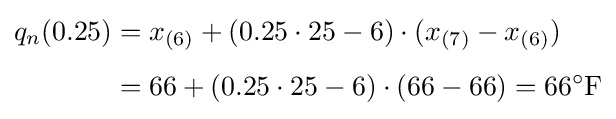
{\begin{aligned}q_{n}(0.25)&=x_{(6)}+(0.25\cdot 25-6)\cdot (x_{(7)}-x_{(6)})\\[5pt]&=66+(0.25\cdot 25-6)\cdot (66-66)=66^{\circ }{\text{F}}\end{aligned}}